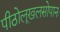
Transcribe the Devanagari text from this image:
पीठोलूखलसोपानः